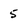
Character: 5